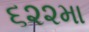
૬૨૨મા